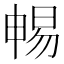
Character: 𣈱